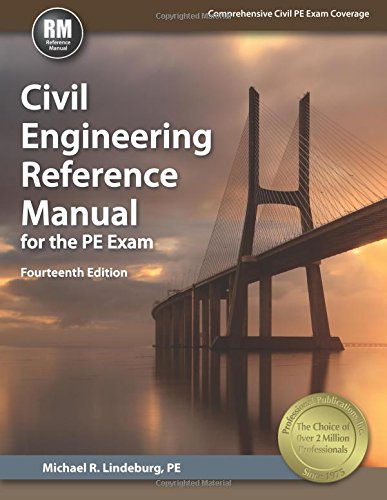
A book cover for Civil Engineering Reference Manual for the PE Exam; Michael  R. Lindeburg PE; Test Preparation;